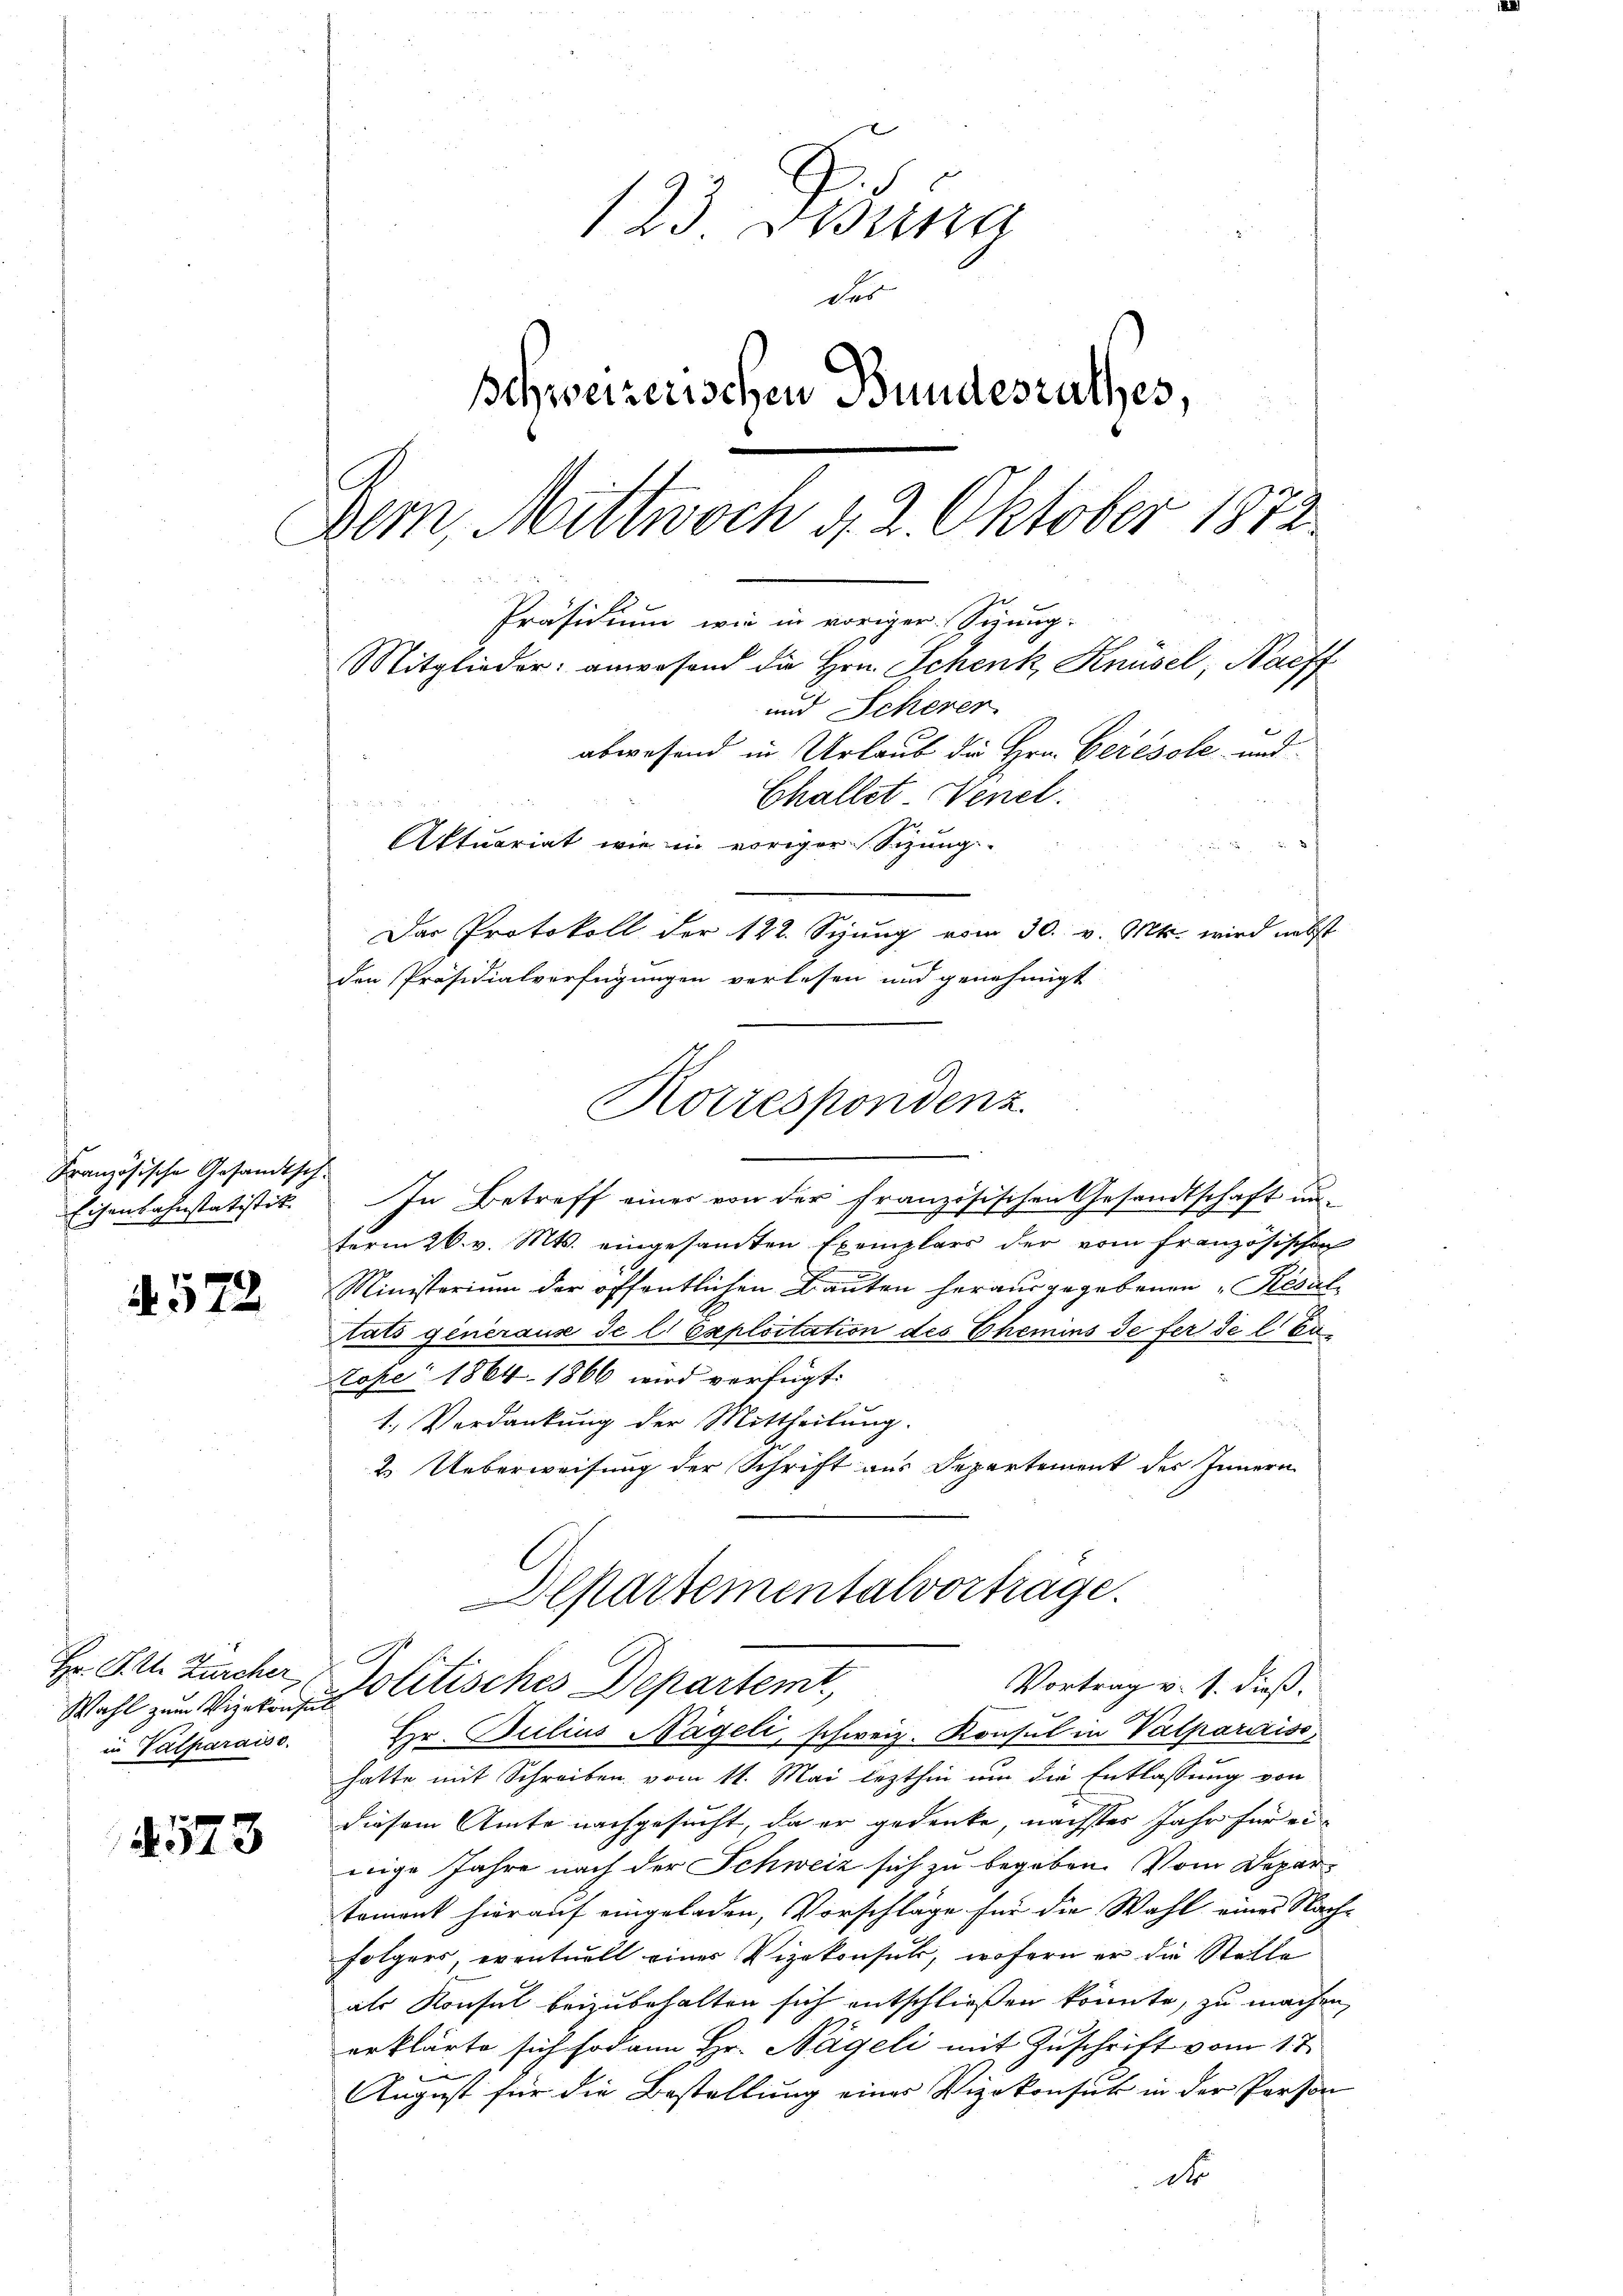
123 Disena
des
Schweizerischen Bundesrathes,
Der, Mittwoch d. 2. Oktober 1872.
Präsidium wie in voriger Sigung:
Mitglieder: anwesend die Hrn. Schenk, Knüsel, Nachf
und Schever
abwesend in Urlaub die Hrn. Gerésole und
Challet Venel.
Aktuariat wie in voriger Sizung.
Das Protokoll der 122. Sitzung vom 30. v. Mts. wird nebst

Eisenbahnstatistik. In Betreff einer von der französischen Gesandtschaft unterm 26. v. Mts. eingesamten Exemplars der vom französischen
Ministerium der öffentlichen Bauten herausgegebenen Resultats generaus de l. Exploitation des Chemins de fer de l Eutope 1864. 1866 wird verfügt:
1. Verdankung der Mittheilung.
2. Ueberweisung der Schrift aus Departement des Innern
Alpartementalvortrage.
Vortrag v. 1. dieß.
Wahl zum Vize-Politisches Departemt,
Hr. Julius Nägeli, schweiz. Konsul in Valparirisc
hatte mit Schreiben vom 11. Mai lezthin um die Entlassung von
diesem Amte nachgesucht, da er gedenke, nächstes Jahr für eiwige Jahre nach der Schweiz sich zu begeben. Vom Departament hierauf eingeladen, Vorschläge für die Wahl eines Nach-
folgers, eventuell einer Vizekonsul, wofern er die Stelle
als Konsul beizubehalten sich entschließen könnte, zu machen,
erklärte sich sodann Hr. Nägeli mit Zuschrift vom 1te
August für die Bestellung eines Vizekonsik in der Person
do

den Präsidialverfügungen verlesen und genehmigt
Korrespondenz

Französische Gesandtsch-

572

Hr. P. M. Zürcher,
in Valparaise.

d 573